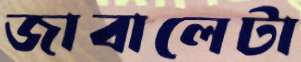
জাবালেটা